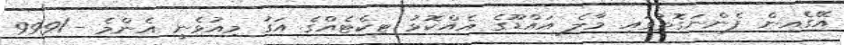
އޭގެއިން ފެންނަގޮތުގައި މާލެ އައްޑޫގެ އެއްކޮޅު ޓިކެޓެއްގެ އަގު މިއުޅެނީ އެންމެ -/999